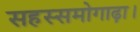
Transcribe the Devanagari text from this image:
सहस्समोगाढ़ा।